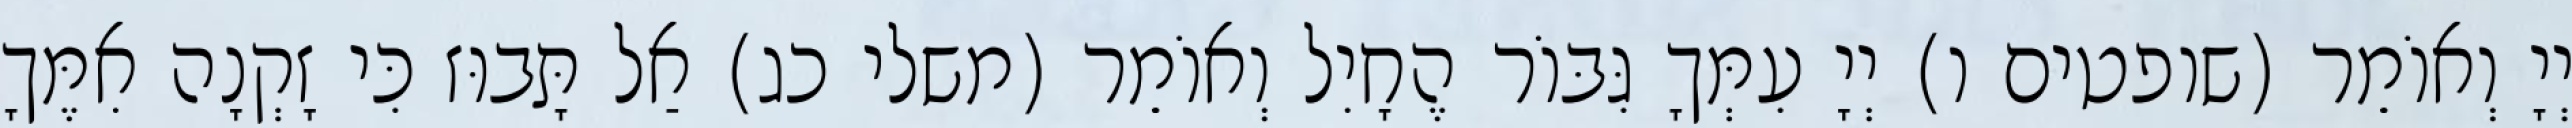
יְיָ וְאוֹמֵר (שופטים ו) יְיָ עִמְּךָ גִּבּוֹר הֶחָיִל וְאוֹמֵר (משלי כג) אַל תָּבוּז כִּי זָקְנָה אִמֶּךָ